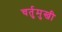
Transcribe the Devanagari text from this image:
चर्तुमुखी